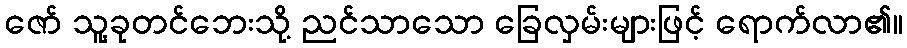
ဇော် သူ့ခုတင်ဘေးသို့ ညင်သာသော ခြေလှမ်းများဖြင့် ရောက်လာ၏။